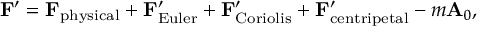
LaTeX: \mathbf { F } ^ { \prime } = \mathbf { F } _ { \mathrm { p h y s i c a l } } + \mathbf { F } _ { \mathrm { E u l e r } } ^ { \prime } + \mathbf { F } _ { \mathrm { C o r i o l i s } } ^ { \prime } + \mathbf { F } _ { \mathrm { c e n t r i p e t a l } } ^ { \prime } - m \mathbf { A } _ { 0 } ,